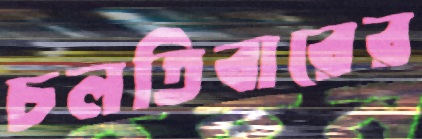
চলতিবারের